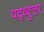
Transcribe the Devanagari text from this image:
पद्व्वुत्तर